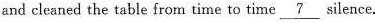
and cleaned the table from time to time \underline{7} silence.